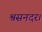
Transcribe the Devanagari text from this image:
श्वसनदर।